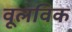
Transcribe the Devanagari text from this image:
वूलविक